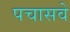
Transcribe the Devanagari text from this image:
पचासवे